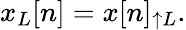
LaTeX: x_{L}[n]=x[n]_{\uparrow L}.